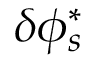
\delta \phi _ { s } ^ { * }